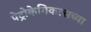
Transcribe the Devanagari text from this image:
पेट्रोकेमिकल्सच्या